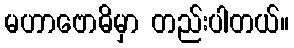
မဟာဗောဓိမှာ တည်းပါတယ်။